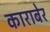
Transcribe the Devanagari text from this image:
काराबेर